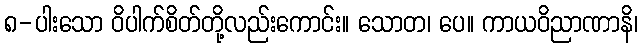
၈-ပါးသော ဝိပါက်စိတ်တို့လည်းကောင်း။ သောတ၊ ပေ။ ကာယဝိညာဏာနိ၊